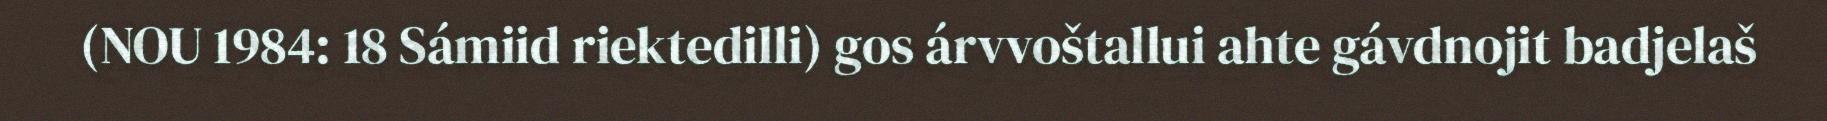
(NOU 1984: 18 Sámiid riektedilli) gos árvvoštallui ahte gávdnojit badjelaš